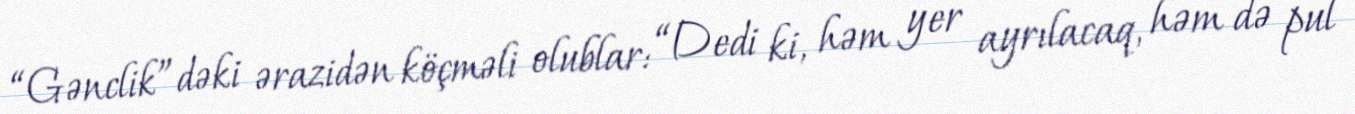
“Gənclik”dəki ərazidən köçməli olublar: “Dedi ki, həm yer ayrılacaq, həm də pul